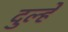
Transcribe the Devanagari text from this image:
दुल्हेँ